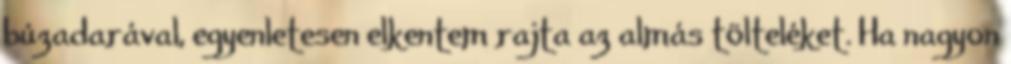
búzadarával, egyenletesen elkentem rajta az almás tölteléket. Ha nagyon